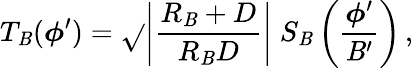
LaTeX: T_{\mathit{B}}(\boldsymbol\phi^{\prime})=\sqrt{}{{\left|{\frac{{R_{\mathit{B}}+D}}{{R_{\mathit{B}}D}}}\right|}}\; S_{\mathit{B}}\left({\frac{{\boldsymbol\phi^{\prime}}}{{\mathit{B}^{\prime}}}}\right)\, ,